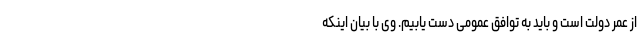
از عمر دولت است و باید به توافق عمومی دست یابیم. وی با بیان اینکه